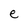
Character: e